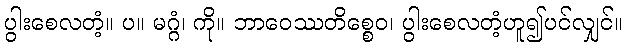
ပွါးစေလတံ့။ ပ။ မဂ္ဂံ၊ ကို။ ဘာဝေဿတိစ္စေဝ၊ ပွါးစေလတံ့ဟူ၍ပင်လျှင်။